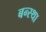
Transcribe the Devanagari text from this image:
बन्स्था